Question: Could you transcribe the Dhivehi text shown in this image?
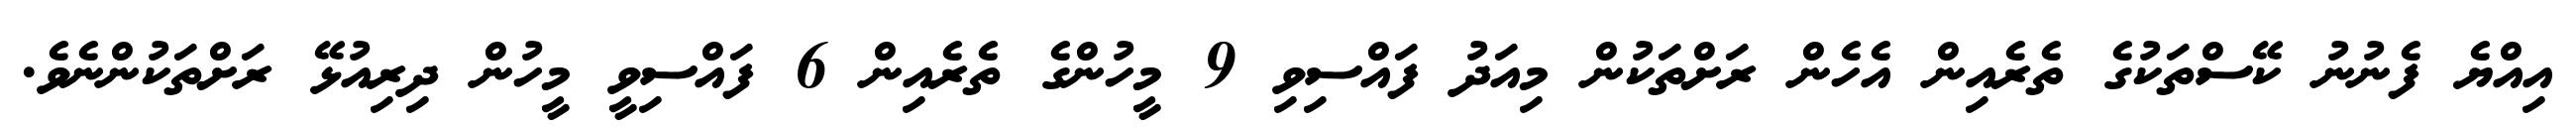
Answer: އިއްޔެ ފެނުނު ކޭސްތަކުގެ ތެރެއިން އެހެން ރަށްތަކުން މިއަދު ފައްސިވި 9 މީހުންގެ ތެރެއިން 6 ފައްސިވީ މީހުން ދިރިއުޅޭ ރަށްތަކުންނެވެ.